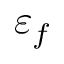
\varepsilon _ { f }